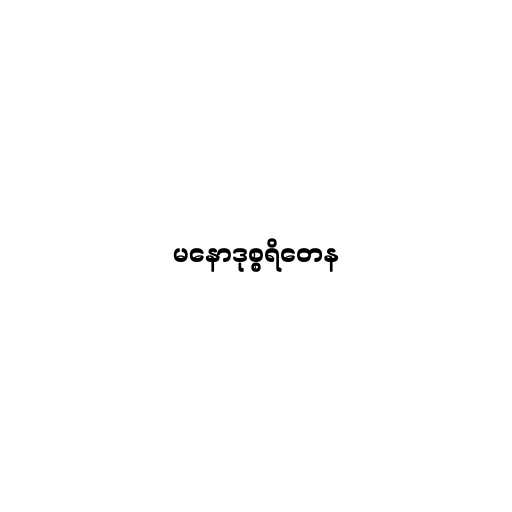
မနောဒုစ္စရိတေန